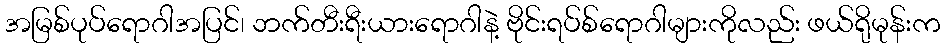
အမြစ်ပုပ်ရောဂါအပြင်၊ ဘက်တီးရီးယားရောဂါနဲ့ ဗိုင်းရပ်စ်ရောဂါများကိုလည်း ဖယ်ရိုမုန်းက